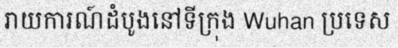
រាយការណ៍ដំបូងនៅទីក្រុង Wuhan ប្រទេស